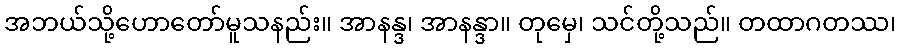
အဘယ်သို့ဟောတော်မူသနည်း။ အာနန္ဒ၊ အာနန္ဒာ။ တုမှေ၊ သင်တို့သည်။ တထာဂတဿ၊